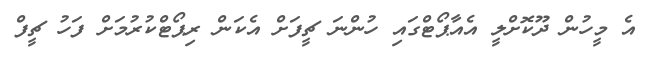
އެ މީހުން ދޫކޮށްލީ އެއާޕޯޓްގައި ހުންނަ ޗީފަށް އެކަން ރިޕޯޓްކުރުމަށް ފަހު ޗީފް